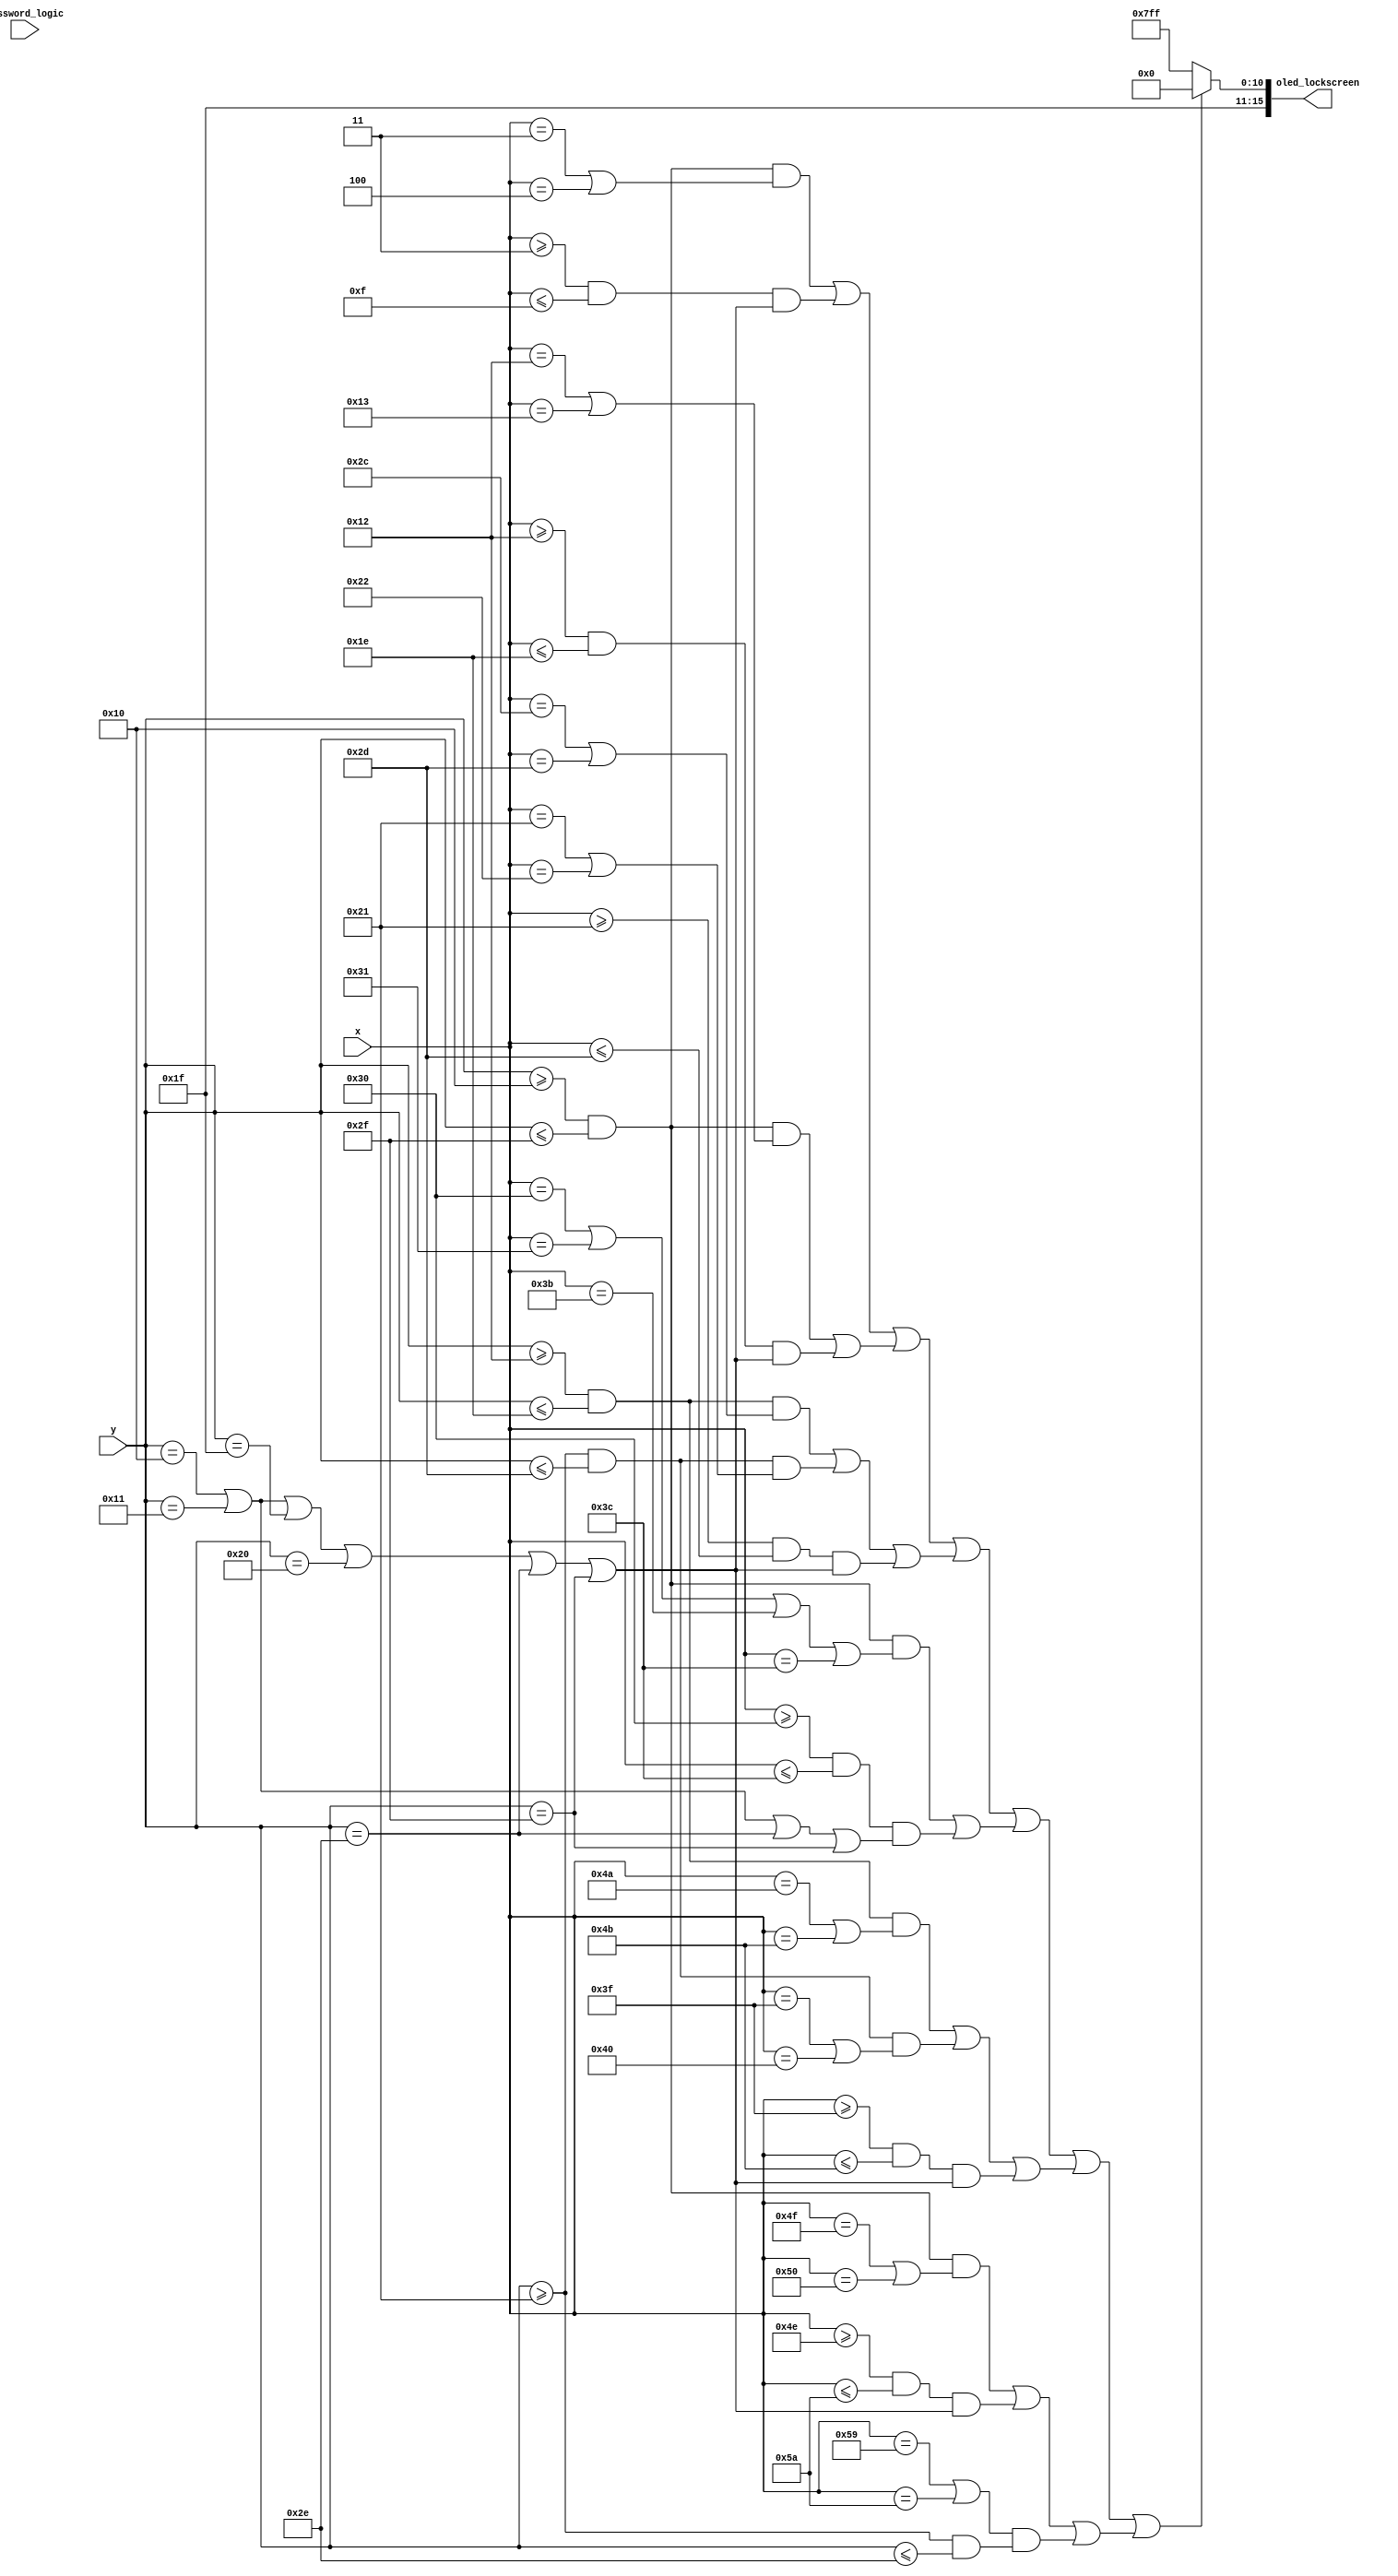
`timescale 1ns / 1ps
//////////////////////////////////////////////////////////////////////////////////
// Company: 
// Engineer: 
// 
// Design Name: 
// Module Name: lockscreen_display
// Project Name: 
// Target Devices: 
// Tool Versions: 
// Description: 
// 
// Dependencies: 
// 
// Revision:
// Revision 0.01 - File Created
// Additional Comments:
// 
//////////////////////////////////////////////////////////////////////////////////


module lockscreen_display(
    input [12:0] x, y,
    input password_logic,
    output [15:0] oled_lockscreen
    );
    wire within_x_y_range, height0, height1, height2, E_1, E_2, TWO_3, ZERO_4, TWO_5, SIX_6, SIX_6_EMPTY;
    // assign range
    assign height0 = (y >= 16 && y <= 47); // for every letter
    assign height1 = (y >= 18 && y <= 30); // for the twos and six
    assign height2 = (y >= 33 && y <= 45); // for the twos and six
    assign E_1 = (x >= 3 && x <= 15); // for letter 1st E
    assign E_2 = (x >= 18 && x <= 30); // for letter 2nd E
    assign TWO_3 = (x >= 33 && x <= 45); // for letter first 2
    assign ZERO_4 = (x >= 48 && x <= 60); // for letter 0
    assign TWO_5 = (x >= 63 && x <= 75); // for letter second 2
    assign SIX_6 = (x >= 78 && x <= 90); // for letter six
    assign SIX_6_EMPTY = (x == 89|| x == 90) && (y >= 33 && y <= 46); // line on the right side of SIX digit
    
    assign within_x_y_range = (((height0 && (x == 3 || x == 4)) || (E_1 && (y == 16 || y == 17 || y == 31 || y == 32 || y == 46 || y == 47 ))) // 1st E
                                || ((height0 && (x == 18 || x == 19)) || (E_2 && (y == 16 || y == 17 || y == 31 || y == 32 || y == 46 || y == 47))) // 2nd E
                                || ((height1 && (x == 44 || x == 45)) || (height2 && (x == 33 || x == 34)) || (TWO_3 && (y == 16 || y == 17 || y == 31 || y == 32 || y == 46 || y == 47))) // 1st 2
                                || ((height0 && (x == 48 || x == 49 || x == 59 || x == 60)) || (ZERO_4 & (y == 16 || y == 17 || y == 46 || y == 47))) // 0   
                                || ((height1 && (x == 74 || x == 75)) || (height2 && (x == 63 || x == 64)) || (TWO_5 && (y == 16 || y == 17 || y == 31 || y == 32 || y == 46 || y == 47))) // 2nd 2
                                || ((height0 && (x == 79 || x == 80)) || (SIX_6 && (y == 16 || y == 17 || y == 31 || y == 32 || y == 46 || y == 47)) || SIX_6_EMPTY)); // 6
    
    assign oled_lockscreen = within_x_y_range ? 16'b11111_000000_00000 : 16'b11111_111111_11111; // if within range red, else background is white                            
    
endmodule